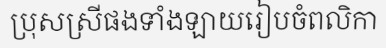
ប្រុសស្រីផងទាំងឡាយរៀបចំពលិកា